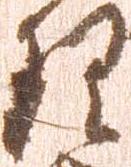
理